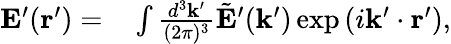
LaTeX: \begin{array}{rl}{\mathbf{E}^{\prime}(\mathbf{r}^{\prime})=}&{{}\int\frac{d^{3}\mathbf{k^{\prime}}}{(2\pi)^{3}}\tilde{\mathbf{E}}^{\prime}(\mathbf{k}^{\prime})\exp\left(i\mathbf{k}^{\prime}\cdot\mathbf{r}^{\prime}\right),}\end{array}